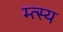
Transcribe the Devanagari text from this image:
म्त्स्य